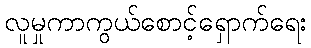
လူမှုကာကွယ်စောင့်ရှောက်ရေး